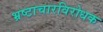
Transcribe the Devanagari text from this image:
भ्रष्टाचारविरोधक